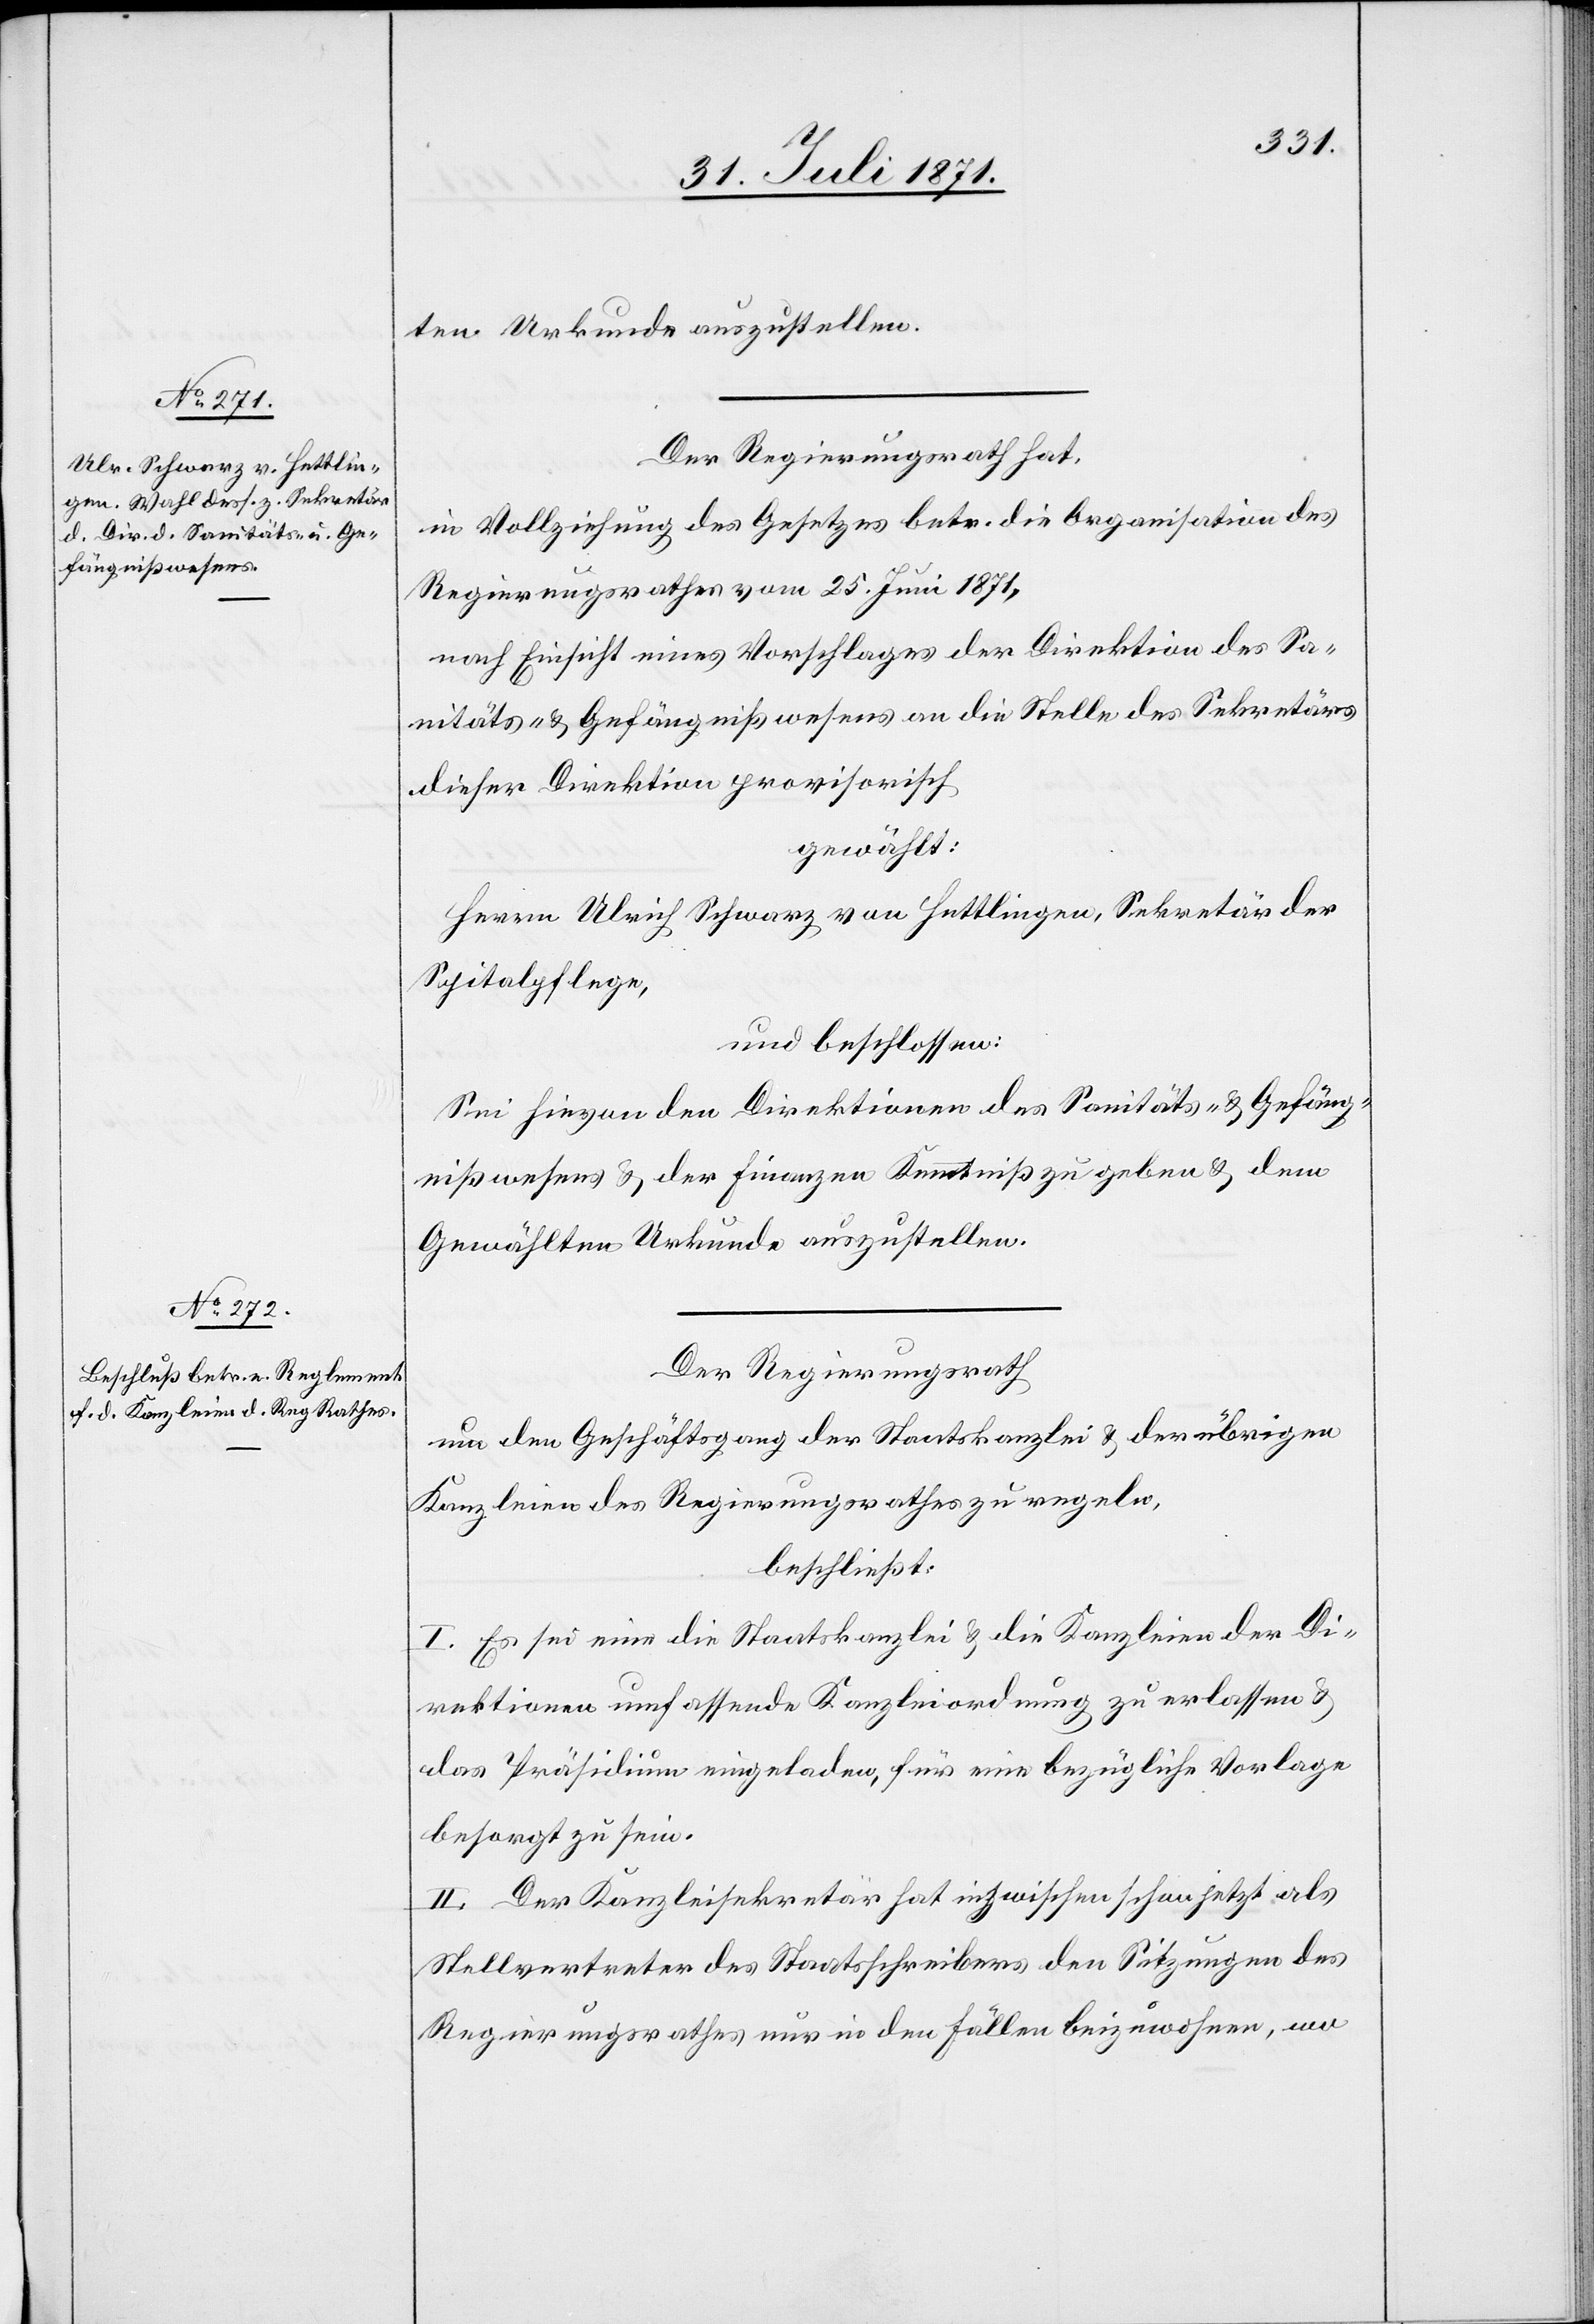
ten Urkunde auszustellen.
Der Regierungsrath hat,
in Vollziehung des Gesetzes betr. die Organisation des
Regierungsrathes vom 25. Juni 1871,
nach Einsicht eines Vorschlages der Direktion des Sa¬
nitäts- u. Gefängnißwesens an die Stelle des Sekretärs
dieser Direktion provisorisch
gewählt:
Herrn Ulrich Schwarz von Hettlingen, Sekretär der
Spitalpflege,
und beschlossen:
Sie hievon den Direktionen des Sanitäts- u. Gefäng¬
nißwesens u. der Finanzen Kenntniß zu geben u. dem
Gewählten Urkunde auszustellen.
Der Regierungsrath
um den Geschäftsgang der Staatskanzlei u. der übrigen
Kanzleien des Regierungsrathes zu regeln,
beschließt:
I. Es sei eine die Staatskanzlei u. die Kanzleien der Di¬
rektion umfassende Kanzleiordnung zu erlassen u.
das Präsidium eingeladen, für eine bezügliche Vorlage
besorgt zu sein.
II. Der Kanzleisekretär hat inzwischen schon jetzt als
Stellvertreter des Staatsschreibers den Sitzungen des
Regierungsrathes nur in den Fällen beizuwohnen, wo